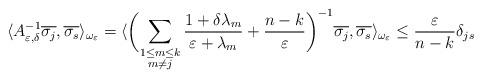
LaTeX: \begin{align*}\langle A^{-1}_{\varepsilon, \delta} \overline{\sigma_{j}}, \overline{\sigma_{s}}\rangle_{\omega_{\varepsilon}} = \langle \biggl( \sum_{\substack{1 \leq m \leq k \\ m \neq j}} \frac{1 + \delta \lambda_{m}}{\varepsilon + \lambda_{m}} + \frac{n-k}{\varepsilon} \biggl)^{-1}\overline{\sigma_{j}}, \overline{\sigma_{s}}\rangle_{\omega_{\varepsilon}} \leq \frac{\varepsilon}{n-k}\delta_{j s} \end{align*}